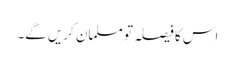
اس کا فیصلہ تو مسلمان کریں گے۔